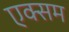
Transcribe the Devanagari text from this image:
एक्सम